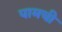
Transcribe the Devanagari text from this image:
पामची